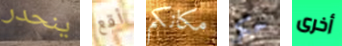
ينحدر أقع مكانكم حكم أخرى